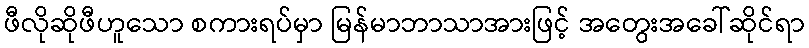
ဖီလိုဆိုဖီဟူသော စကားရပ်မှာ မြန်မာဘာသာအားဖြင့် အတွေးအခေါ်ဆိုင်ရာ